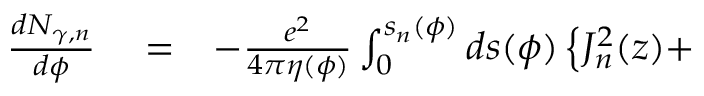
\begin{array} { r l r } { \frac { d N _ { \gamma , n } } { d \phi } } & { { } = } & { - \frac { e ^ { 2 } } { 4 \pi \eta ( \phi ) } \int _ { 0 } ^ { s _ { n } ( \phi ) } d s ( \phi ) \left\{ J _ { n } ^ { 2 } ( z ) + \right. } \end{array}